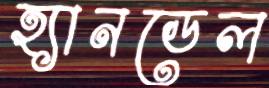
হ্যানডেল